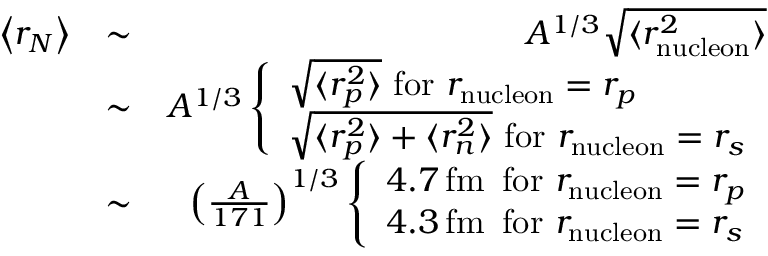
\begin{array} { r l r } { \! \! \! \! \! \! \! \left< r _ { N } \right> } & { \sim } & { A ^ { 1 / 3 } \sqrt { \langle r _ { \mathrm { n u c l e o n } } ^ { 2 } \rangle } } \\ & { \sim } & { A ^ { 1 / 3 } \left\{ \begin{array} { l l } { \sqrt { \langle r _ { p } ^ { 2 } \rangle } \, \, \mathrm { f o r } \, \, r _ { \mathrm { n u c l e o n } } = r _ { p } } \\ { \sqrt { \langle r _ { p } ^ { 2 } \rangle + \langle r _ { n } ^ { 2 } \rangle } \, \, \mathrm { f o r } \, \, r _ { \mathrm { n u c l e o n } } = r _ { s } } \end{array} \right. } \\ & { \sim } & { \left( \frac { A } { 1 7 1 } \right) ^ { 1 / 3 } \left\{ \begin{array} { l l } { 4 . 7 \, \mathrm { f m } \, \, \, \mathrm { f o r } \, \, r _ { \mathrm { n u c l e o n } } = r _ { p } } \\ { 4 . 3 \, \mathrm { f m } \, \, \, \mathrm { f o r } \, \, r _ { \mathrm { n u c l e o n } } = r _ { s } } \end{array} \right. } \end{array}